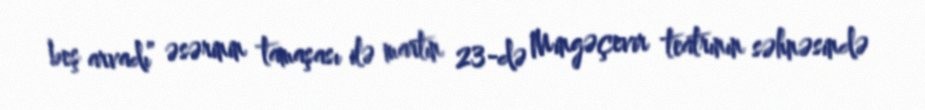
beş arvadı” əsərinin tamaşası ilə martın 23-də Mingəçevir teatrının səhnəsində